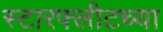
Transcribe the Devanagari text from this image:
स्टारफ्लीटच्या